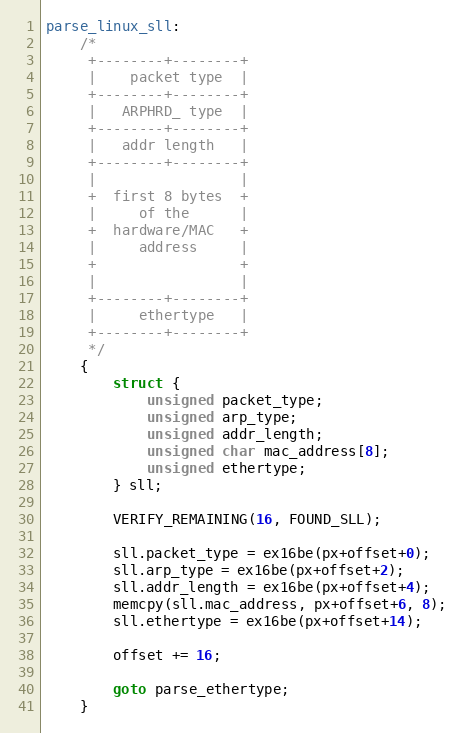
Language: C
parse_linux_sll:
    /*
     +--------+--------+
     |    packet type  |
     +--------+--------+
     |   ARPHRD_ type  |
     +--------+--------+
     |   addr length   |
     +--------+--------+
     |                 |
     +  first 8 bytes  +
     |     of the      |
     +  hardware/MAC   +
     |     address     |
     +                 +
     |                 |
     +--------+--------+
     |     ethertype   |
     +--------+--------+
     */
    {
        struct {
            unsigned packet_type;
            unsigned arp_type;
            unsigned addr_length;
            unsigned char mac_address[8];
            unsigned ethertype;
        } sll;

        VERIFY_REMAINING(16, FOUND_SLL);

        sll.packet_type = ex16be(px+offset+0);
        sll.arp_type = ex16be(px+offset+2);
        sll.addr_length = ex16be(px+offset+4);
        memcpy(sll.mac_address, px+offset+6, 8);
        sll.ethertype = ex16be(px+offset+14);

        offset += 16;

        goto parse_ethertype;
    }